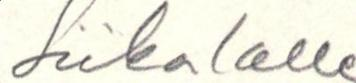
Liikalalle